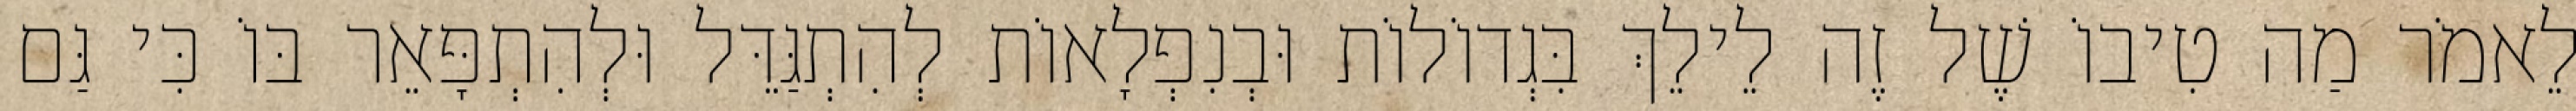
לֵאמֹר מַה טִיבוֹ שֶׁל זֶה לֵילֵךְ בִּגְדוֹלוֹת וּבְנִפְלָאוֹת לְהִתְגַּדֵּל וּלְהִתְפָּאֵר בּוֹ כִּי גַּם